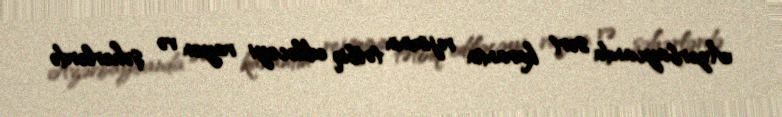
Azərbaycanda sərt karantin rejiminin tətbiq ediləcəyi rayon və şəhərlərdə